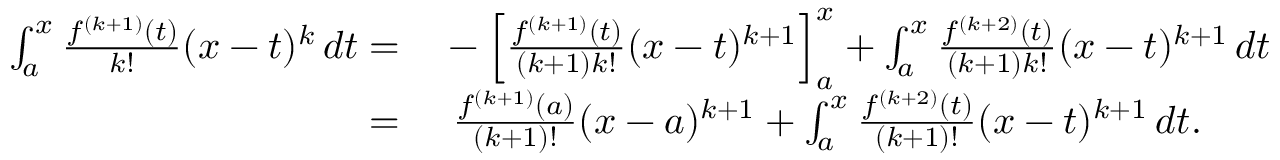
\begin{array} { r l } { \int _ { a } ^ { x } { \frac { f ^ { ( k + 1 ) } ( t ) } { k ! } } ( x - t ) ^ { k } \, d t = } & { { } - \left[ { \frac { f ^ { ( k + 1 ) } ( t ) } { ( k + 1 ) k ! } } ( x - t ) ^ { k + 1 } \right] _ { a } ^ { x } + \int _ { a } ^ { x } { \frac { f ^ { ( k + 2 ) } ( t ) } { ( k + 1 ) k ! } } ( x - t ) ^ { k + 1 } \, d t } \\ { = } & { { } \ { \frac { f ^ { ( k + 1 ) } ( a ) } { ( k + 1 ) ! } } ( x - a ) ^ { k + 1 } + \int _ { a } ^ { x } { \frac { f ^ { ( k + 2 ) } ( t ) } { ( k + 1 ) ! } } ( x - t ) ^ { k + 1 } \, d t . } \end{array}